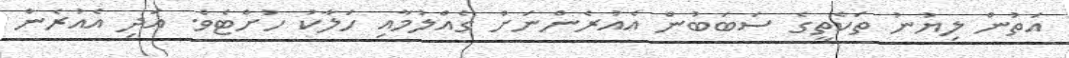
އަތުން ލިޔުނު ތަކެތީގެ ސަބަބުން އެއުރެންނަށް ގެއްލުމާއި ހަލާކު ހުށްޓެވެ. އަދި އެއުރެން